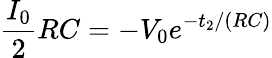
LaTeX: \frac{I_{0}}{2}RC=-V_{0}e^{-t_{2}/(RC)}